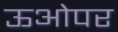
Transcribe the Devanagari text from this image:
ऊओपर